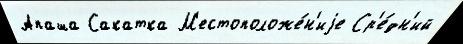
Апаша Сакатка М'естоположе́н'иjе Ср'е́дн'ий